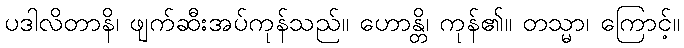
ပဒါလိတာနိ၊ ဖျက်ဆီးအပ်ကုန်သည်။ ဟောန္တိ၊ ကုန်၏။ တသ္မာ၊ ကြောင့်။